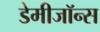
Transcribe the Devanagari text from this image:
डेमीजॉन्स